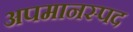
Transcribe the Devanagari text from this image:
अपमानस्पद